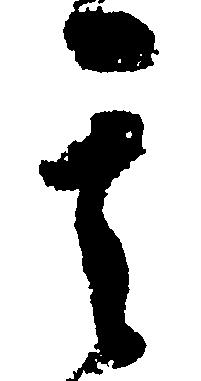
其